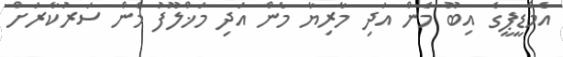
އެމްޑީޕީގެ އިބޫ މެން އަދި މާރިޔާ މެން އަދި މަޚްލޫފު މެން ސަރުކާރަށް